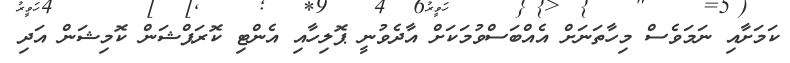
ކަމަށާއި ނަމަވެސް މިހާތަނަށް އެއްބަސްވުމަކަށް އާދެވުނީ ޕޮލިހާއި އެންޓި ކޮރަޕްޝަން ކޮމިޝަން އަދި